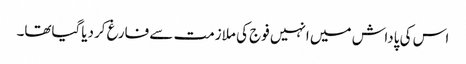
اس کی پاداش میں انہیں فوج کی ملازمت سے فارغ کردیاگیاتھا۔